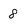
Character: 8